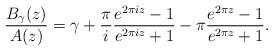
LaTeX: \begin{align*}\frac{B_\gamma(z)}{A(z)} = \gamma +\frac{\pi}{i} \frac{e^{2\pi i z} - 1}{e^{2\pi i z} +1}- \pi \frac{e^{2\pi z} - 1}{e^{2\pi z} +1}. \end{align*}